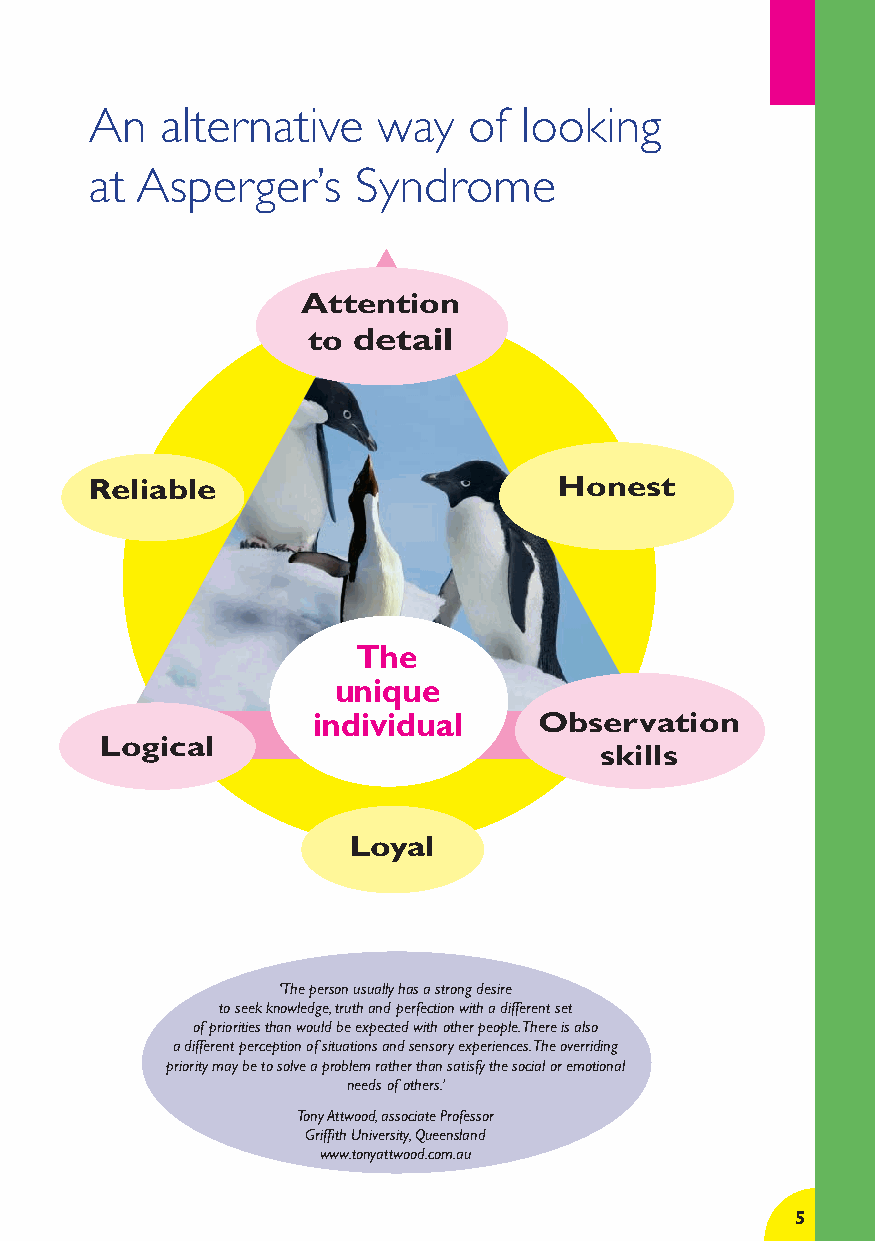
An   alternative   way   of looking
 at Asperger’s    Syndrome
 Attention
 to detail
 Reliable                       Honest
 The
 unique
 individual     Observation
 Logical
 skills
 Loyal
 ‘The person usually has a strong desire
 to seek knowledge, truth and perfection with a different set
 of priorities than would be expected with other people. There is also
 a different perception of situations and sensory experiences. The overriding
 priority may be to solve a problem rather than satisfy the social or emotional
 needs of others.’
 Tony Attwood, associate Professor
 Griffi th University, Queensland
 www.tonyattwood.com.au
 5